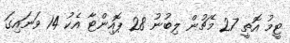
ޓީމު އޮތީ 27 މެޗުން ލިބުނު 28 ޕޮއިންޓާ އެކު 14 ވަނައިގަ